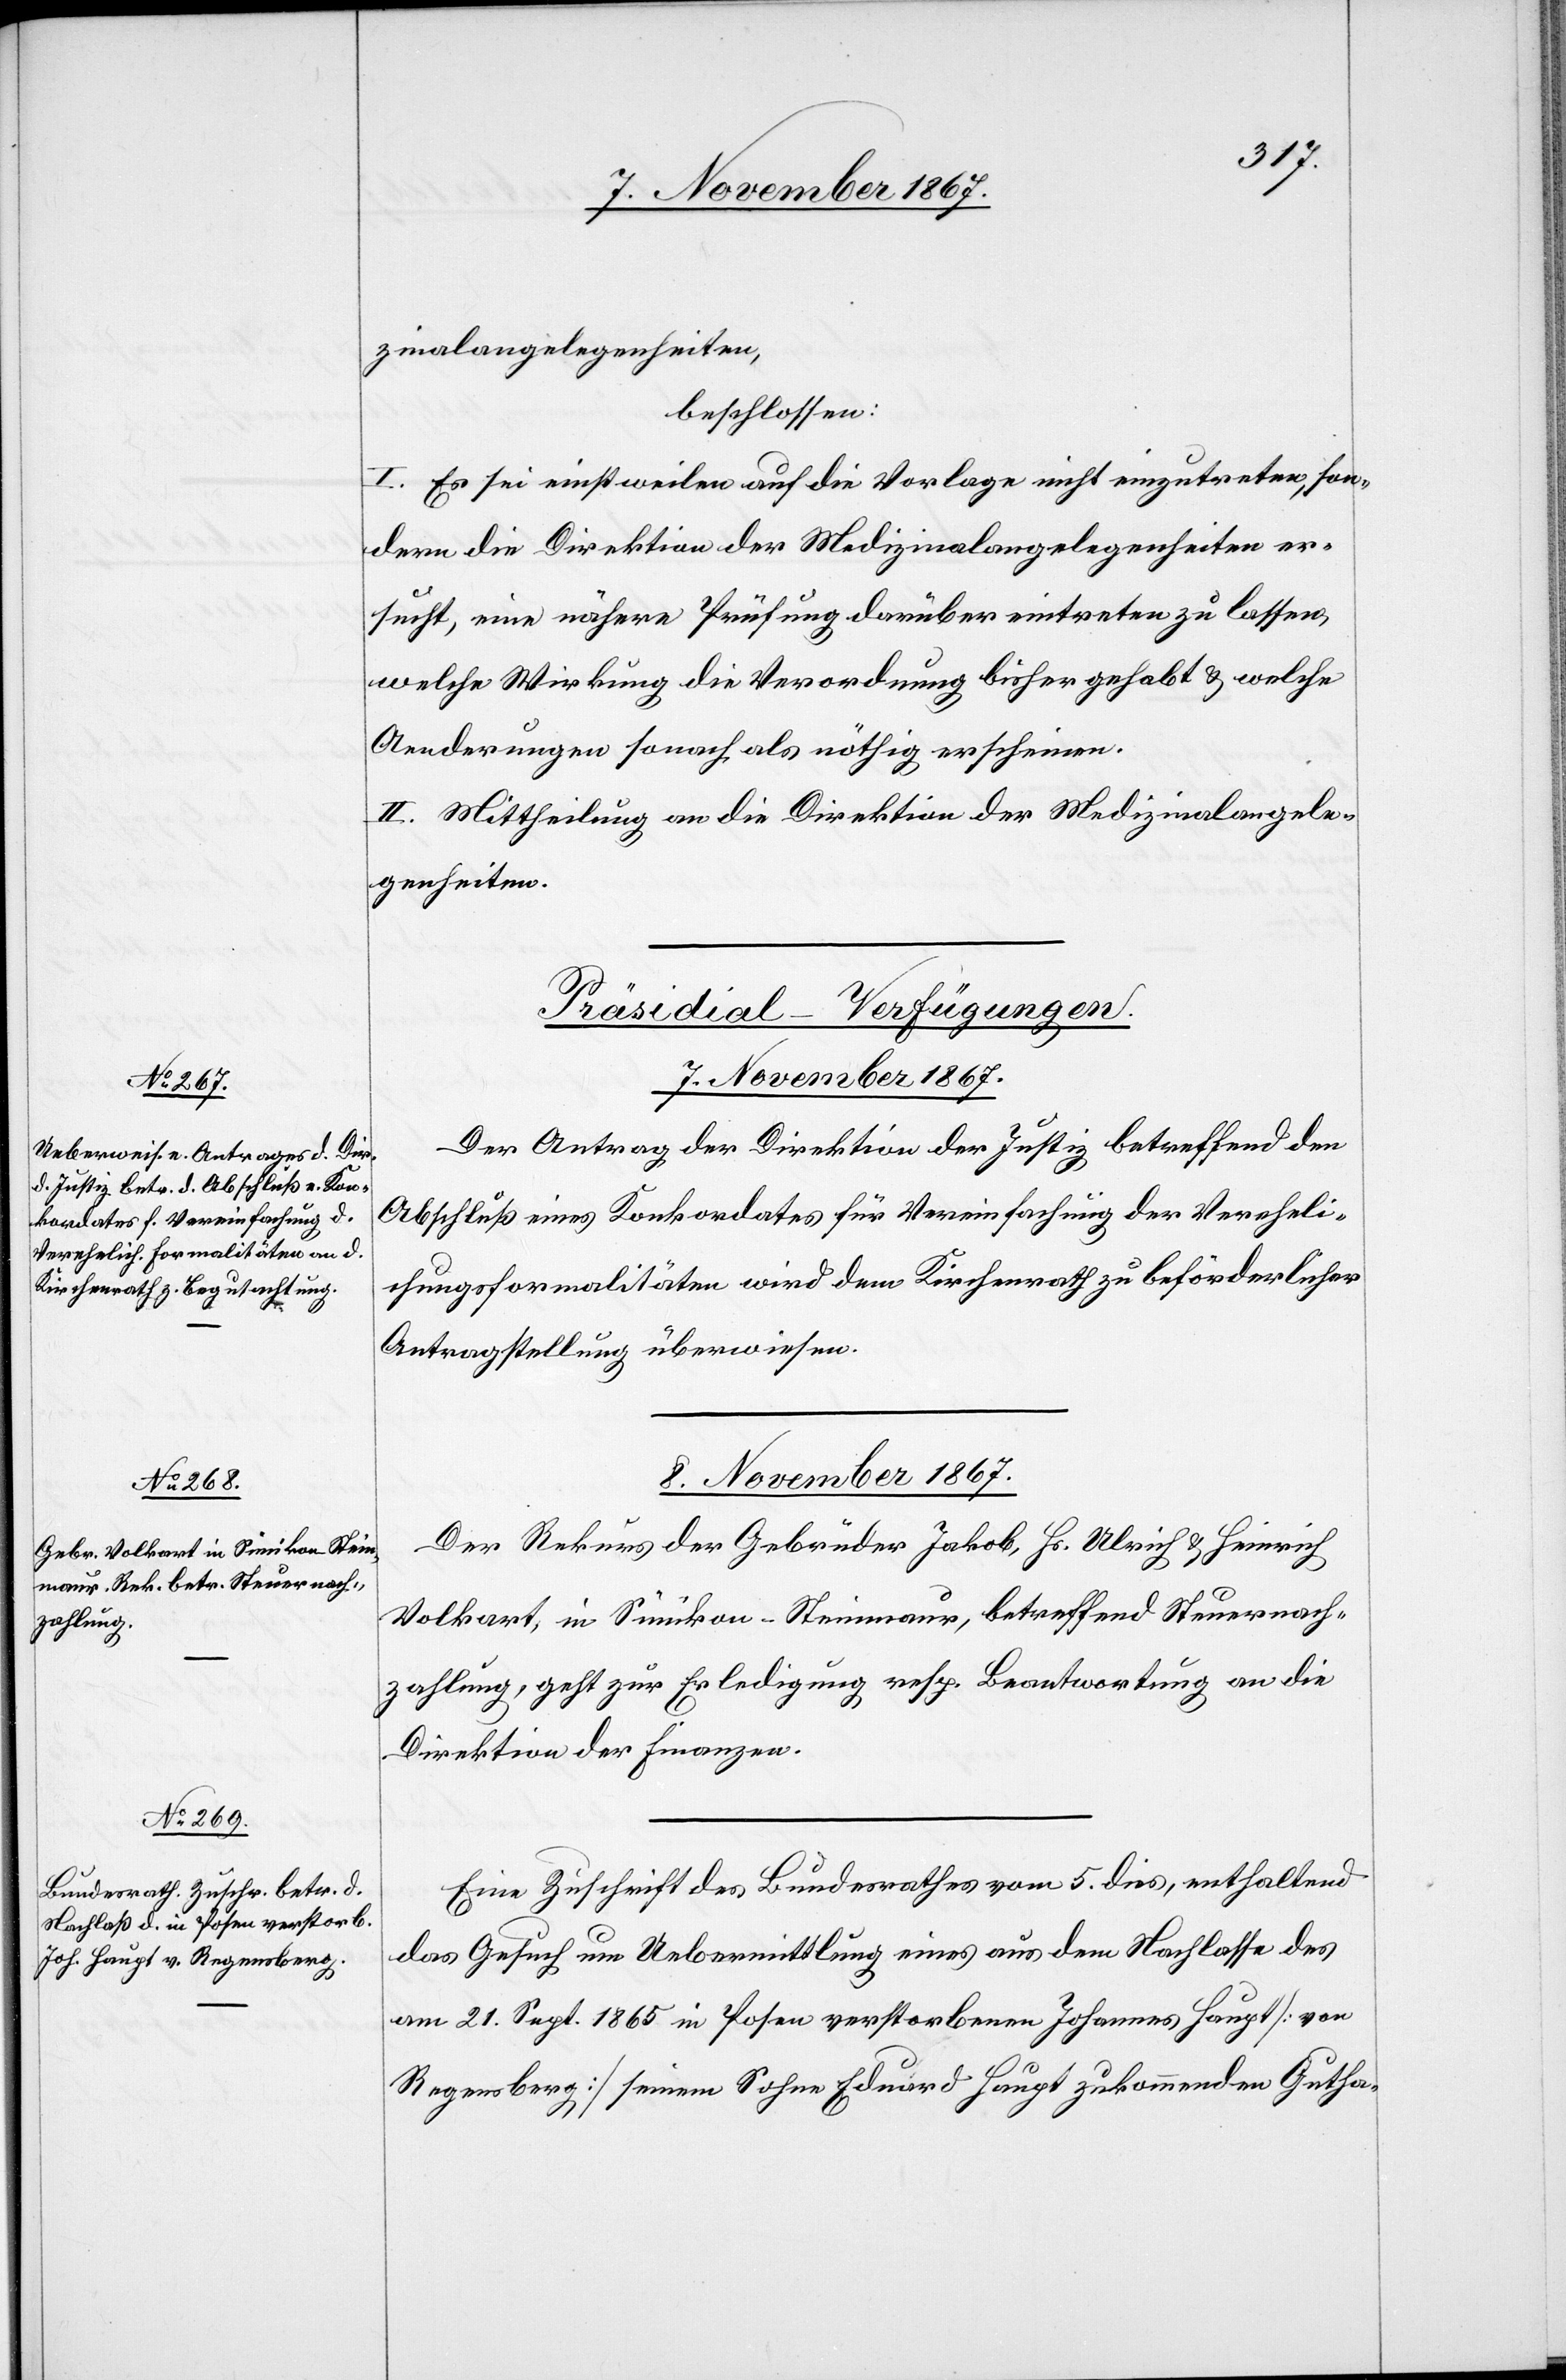
[Präsidial-Verfügungen.
8. November 1867.]
Der Antrag der Direktion der Justiz betreffend den
Abschluß eines Konkordates für Vereinfachung der Vereheli¬
chungsformalitäten wird dem Kirchenrath zu beförderlicher
Antragstellung überwiesen.
8. November 1867.
Der Rekurs der Gebrüder Jakob, Hs. Ulrich u. Heinrich
Volkart, in Sünikon - Steinmaur, betreffend Steuernach¬
zahlung, geht zur Erledigung, resp. Beantwortung an die
Direktion der Finanzen.
Eine Zuschrift des Bundesrathes vom 5. dies, enthaltend
das Gesuch um Uebermittlung eines aus dem Nachlasse des
am 21. Sept. 1865 in Posen verstorbenen Johannes Haupt [von
Regensberg] seinem Sohn Eduard Haupt zukommenden Gutha-